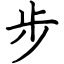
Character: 步